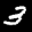
Label: 3